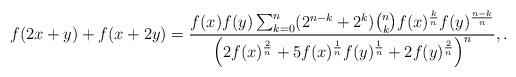
LaTeX: \begin{align*}f(2x+y)+f(x+2y)=\frac{f(x)f(y)\sum_{k=0}^{n}(2^{n-k}+2^k)\binom{n}{k}f(x)^{\frac{k}{n}}f(y)^{\frac{n-k}{n}}}{\left(2f(x)^{\frac{2}{n}}+5f(x)^{\frac{1}{n}}f(y)^{\frac{1}{n}}+2f(y)^{\frac{2}{n}}\right)^n}, .\end{align*}